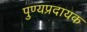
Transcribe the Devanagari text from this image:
पुण्यप्रदायक